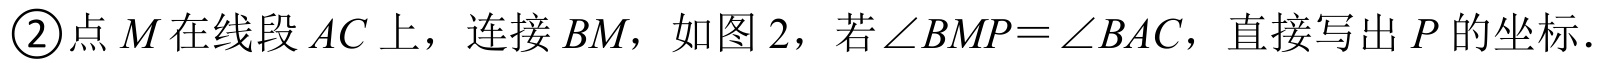
\textcircled{2}点\(M\)在线段\(AC\)上，连接\(BM\)，如图 2，若\(\angle BMP=\angle BAC\)，直接写出\(P\)的坐标.